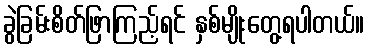
ခွဲခြမ်းစိတ်ဖြာကြည့်ရင် နှစ်မျိုးတွေ့ရပါတယ်။